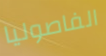
الفاصوليا